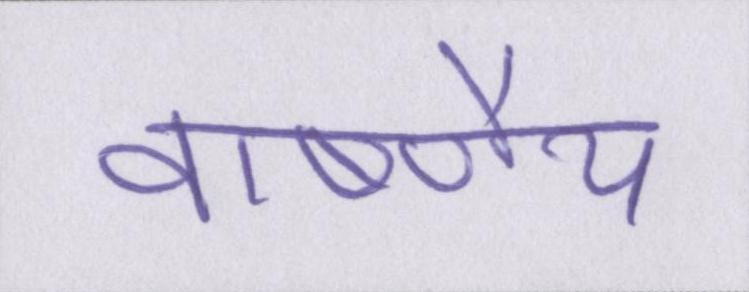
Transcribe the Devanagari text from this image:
वार्ष्णेय